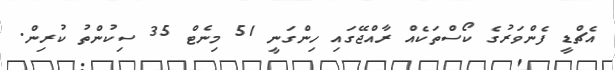
އެޗްޑީ ފެންވަރުގެ ކޯސްތަކެއް ރާއްޖޭގައި ހިންގަނީ 51 މިނެޓް 35 ސިކުންތު ކުރިން.